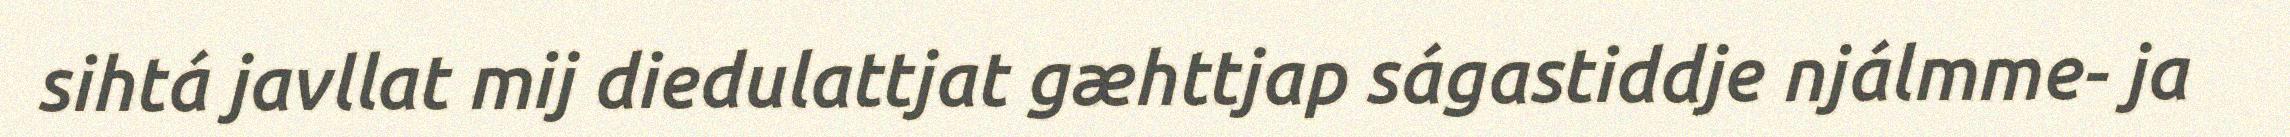
sihtá javllat mij diedulattjat gæhttjap ságastiddje njálmme- ja